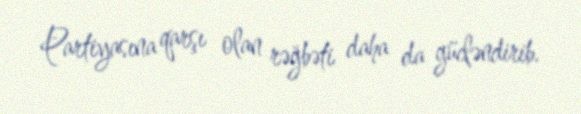
Partiyasına qarşı olan rəğbəti daha da gücləndirib.